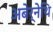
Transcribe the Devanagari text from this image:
अबेर्नेथि